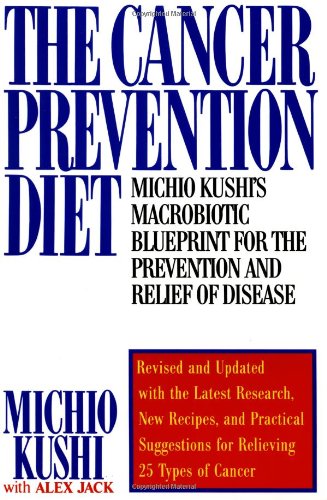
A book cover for The Cancer Prevention Diet: Michio Kushi's Macrobiotic Blueprint for the Prevention and Relief of Disease; Michio Kushi; Cookbooks, Food & Wine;